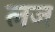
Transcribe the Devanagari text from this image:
लज